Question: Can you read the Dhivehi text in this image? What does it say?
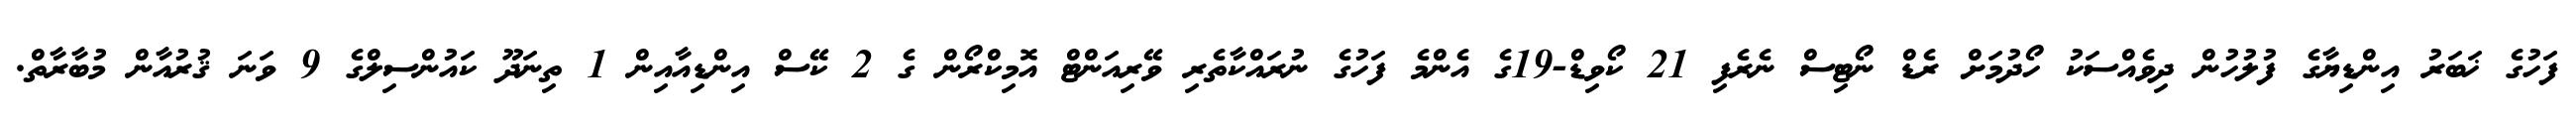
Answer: ފަހުގެ ޚަބަރު އިންޑިޔާގެ ފުލުހުން ދިވެއްސަކު ހޯދުމަށް ރެޑް ނޯޓިސް ނެރެފި 21 ކޯވިޑް-19ގެ އެންމެ ފަހުގެ ނުރައްކާތެރި ވޭރިއަންޓް އޮމިކްރޯން ގެ 2 ކޭސް އިންޑިއާއިން 1 ތިނަދޫ ކައުންސިލްގެ 9 ވަނަ ޤުރުއާން މުބާރާތް.